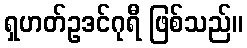
ရှဟတ်ဥဒင်ဂုရီ ဖြစ်သည်။